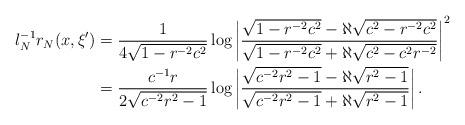
LaTeX: \begin{align*} l_N^{-1}r_N(x,\xi')&=\frac{1}{4\sqrt{1-r^{-2}c^{2}}}\log \left|\frac{\sqrt{1-r^{-2}c^2}-\aleph\sqrt{c^2-r^{-2}c^2}}{\sqrt{1-r^{-2}c^2}+\aleph \sqrt{c^2-c^2r^{-2}}}\right|^2\\&=\frac{c^{-1}r}{2\sqrt{c^{-2}r^2-1}}\log \left|\frac{\sqrt{c^{-2}r^2-1}-\aleph\sqrt{r^2-1}}{\sqrt{c^{-2}r^2-1}+\aleph \sqrt{r^2-1}}\right|.\end{align*}